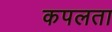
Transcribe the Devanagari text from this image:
कपलता